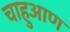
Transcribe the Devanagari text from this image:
चाहुआण